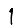
Digit: 1